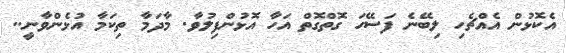
އެކޮޅުން އެއްޗެހި ލިބޭނެ ފަސޭހަ ގޮތްގޮތް އަހާ އޮޅުންފިލުވާ. މާދަމާ ތިކަމާ އުޅެންވާނީ..